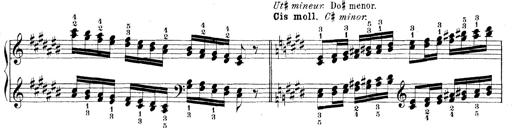
Title: Technische Studien
Composer: Franz Liszt